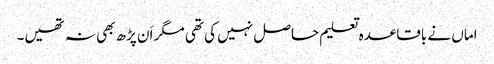
اماں نے باقاعدہ تعلیم حاصل نہیں کی تھی مگر اَن پڑھ بھی نہ تھیں۔